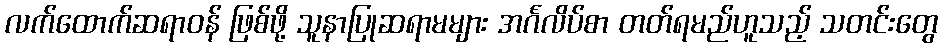
လက်ထောက်ဆရာဝန် ဖြစ်ဖို့ သူနာပြုဆရာမများ အင်္ဂလိပ်စာ တတ်ရမည်ဟူသည့် သတင်းတွေ